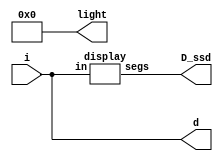
`timescale 1ns / 1ps
//////////////////////////////////////////////////////////////////////////////////
// Company: 
// Engineer: 
// 
// Design Name: 
// Module Name: LAB02_2
// Project Name: 
// Target Devices: 
// Tool Versions: 
// Description: 
// 
// Dependencies: 
// 
// Revision:
// Revision 0.01 - File Created
// Additional Comments:
// 
//////////////////////////////////////////////////////////////////////////////////


module LAB02_2(i, D_ssd, light, d);
    input [3:0]i;
    output [7:0]D_ssd;
    output [3:0]light;
    output [3:0]d;
    
    
    display U0(i, D_ssd);
    
    assign light = 4'b0000;
    assign d = i;
    
endmodule

`define SS_0 8'b00000011
`define SS_1 8'b10011111
`define SS_2 8'b00100101
`define SS_3 8'b00001101
`define SS_4 8'b10011001
`define SS_5 8'b01001001
`define SS_6 8'b01000001
`define SS_7 8'b00011111
`define SS_8 8'b00000001
`define SS_9 8'b00001001

module display(in, segs);
    input [3:0]in;
    output reg [7:0]segs;
    
    always @*
        case (in)
        4'd0: segs = `SS_0;
        4'd1: segs = `SS_1;
        4'd2: segs = `SS_2;
        4'd3: segs = `SS_3;
        4'd4: segs = `SS_4;
        4'd5: segs = `SS_5;
        4'd6: segs = `SS_6;
        4'd7: segs = `SS_7;
        4'd8: segs = `SS_8;
        4'd9: segs = `SS_9;
        default: segs = 8'b01110001;
     endcase
endmodule